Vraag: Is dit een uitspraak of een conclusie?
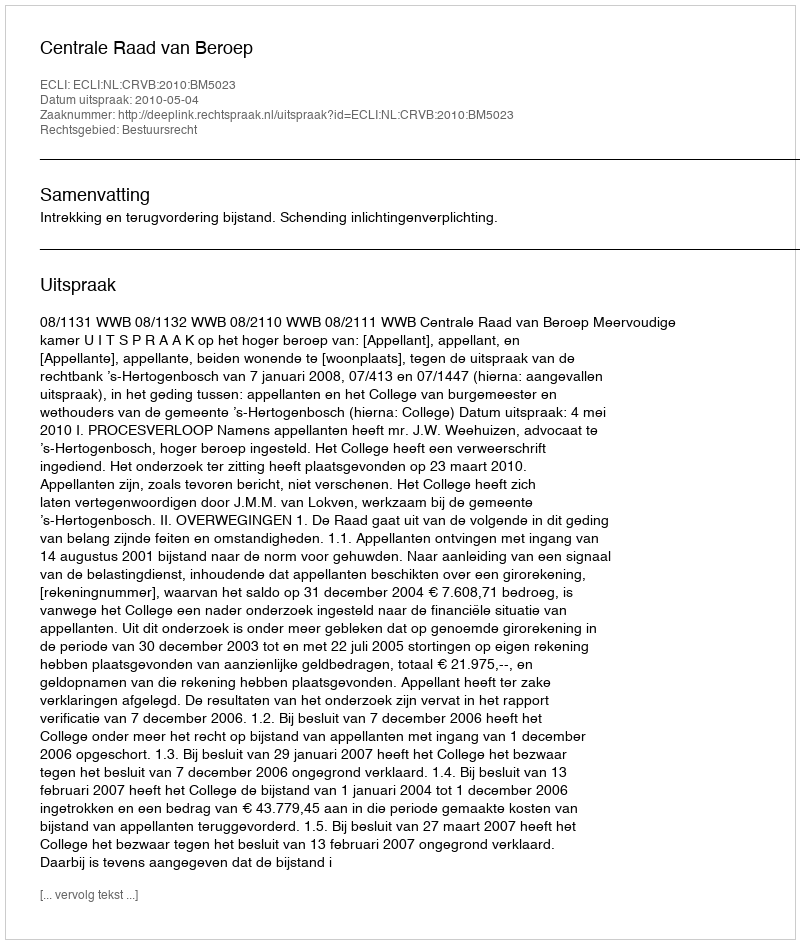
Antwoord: Uitspraak